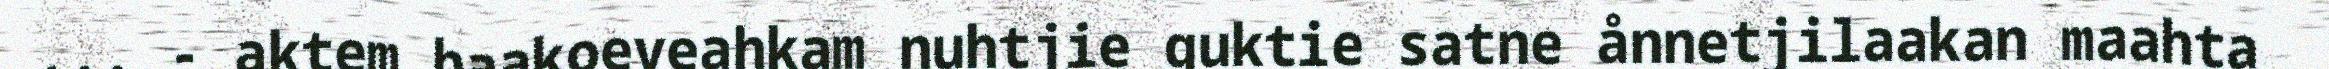
... - aktem baakoeveahkam nuhtjie guktie satne ånnetjilaakan maahta